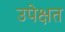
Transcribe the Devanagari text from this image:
उपेक्षत